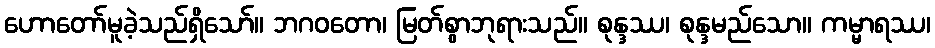
ဟောတော်မူခဲ့သည်ရှိသော်။ ဘဂဝတော၊ မြတ်စွာဘုရားသည်။ စုန္ဒဿ၊ စုန္ဒမည်သော။ ကမ္မာရဿ၊